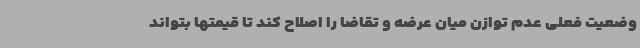
وضعیت فعلی عدم توازن میان عرضه و تقاضا را اصلاح کند تا قیمتها بتواند